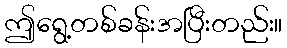
ဤရွေ့တစ်ခန်းအပြီးတည်း။